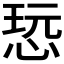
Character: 𰑨